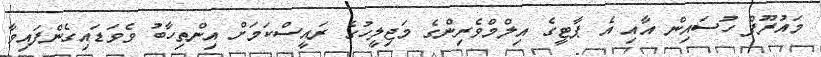
މައުރޫފް ހުސައިން އާއި އެ ޕާޓީގެ އިލްމްވެރިންގެ މަޖިލީހުގެ ރައީސްކަމަށް އިންތިހާބު ވެވަޑައިގެންފައިވާ